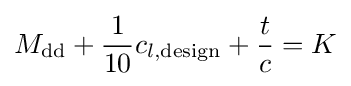
M_{\text{dd}}+{\frac {1}{10}}c_{l,{\text{design}}}+{\frac {t}{c}}=K